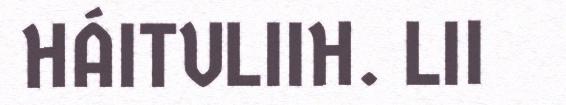
HÁITULIIH. LII